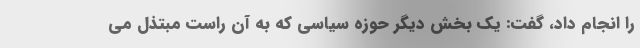
را انجام داد، گفت: یک بخش دیگر حوزه سیاسی که به آن راست مبتذل می‌